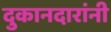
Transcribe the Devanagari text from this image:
दुकानदारांनी